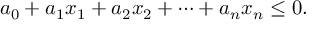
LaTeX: a _ { 0 } + a _ { 1 } x _ { 1 } + a _ { 2 } x _ { 2 } + \cdots + a _ { n } x _ { n } \leq 0 .